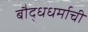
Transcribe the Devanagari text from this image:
बौद्धधर्माची